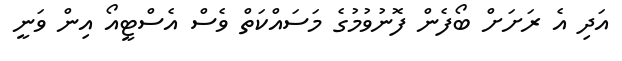
އަދި އެ ރަށަށް ބޯފެން ފޮނުވުމުގެ މަސައްކަތް ވެސް އެސްޓީއޯ އިން ވަނީ